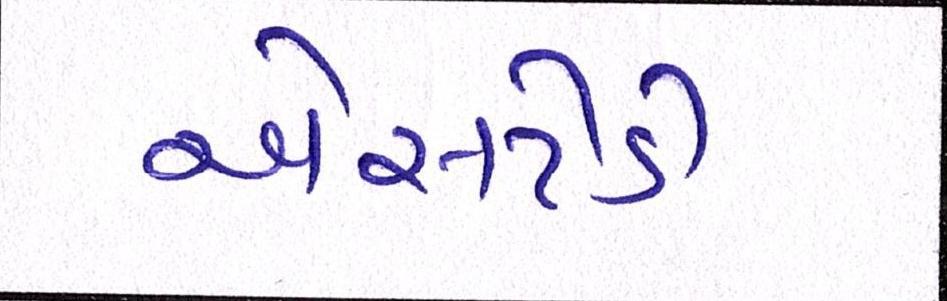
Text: એસટીડી